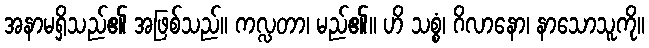
အနာမရှိသည်၏ အဖြစ်သည်။ ကလ္လတာ၊ မည်၏။ ဟိ သစ္စံ၊ ဂိလာနော၊ နာသောသူကို။